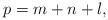
LaTeX: \begin{align*}p=m+n+l,\end{align*}